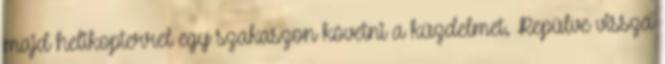
majd helikopterrel egy szakaszon követni a küzdelmet. Repülve vissza